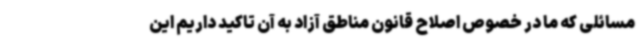
مسائلی که ما در خصوص اصلاح قانون مناطق آزاد به آن تاکید داریم این